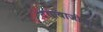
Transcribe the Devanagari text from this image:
दगाबाजीचा